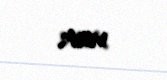
var.